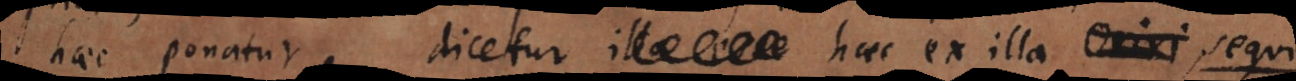
haec ponatur, dicetur illa esse haec ex illa oriri